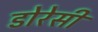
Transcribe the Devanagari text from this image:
डोरेसी